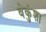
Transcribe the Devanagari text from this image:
वेकुंशा